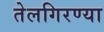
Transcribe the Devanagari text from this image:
तेलगिरण्या